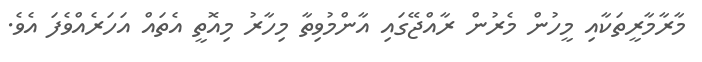
މާރާމާރީތަކާއި މީހުން މެރުން ރާއްޖޭގައި އާންމުވިތާ މިހާރު މިއޮތީ އެތައް އަހަރެއްވެފަ އެވެ.